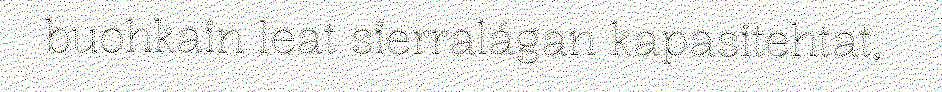
buohkain leat sierralágan kapasitehtat,